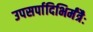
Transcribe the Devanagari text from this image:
उपसर्पादिभिर्मंत्रैः